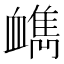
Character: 𧗔